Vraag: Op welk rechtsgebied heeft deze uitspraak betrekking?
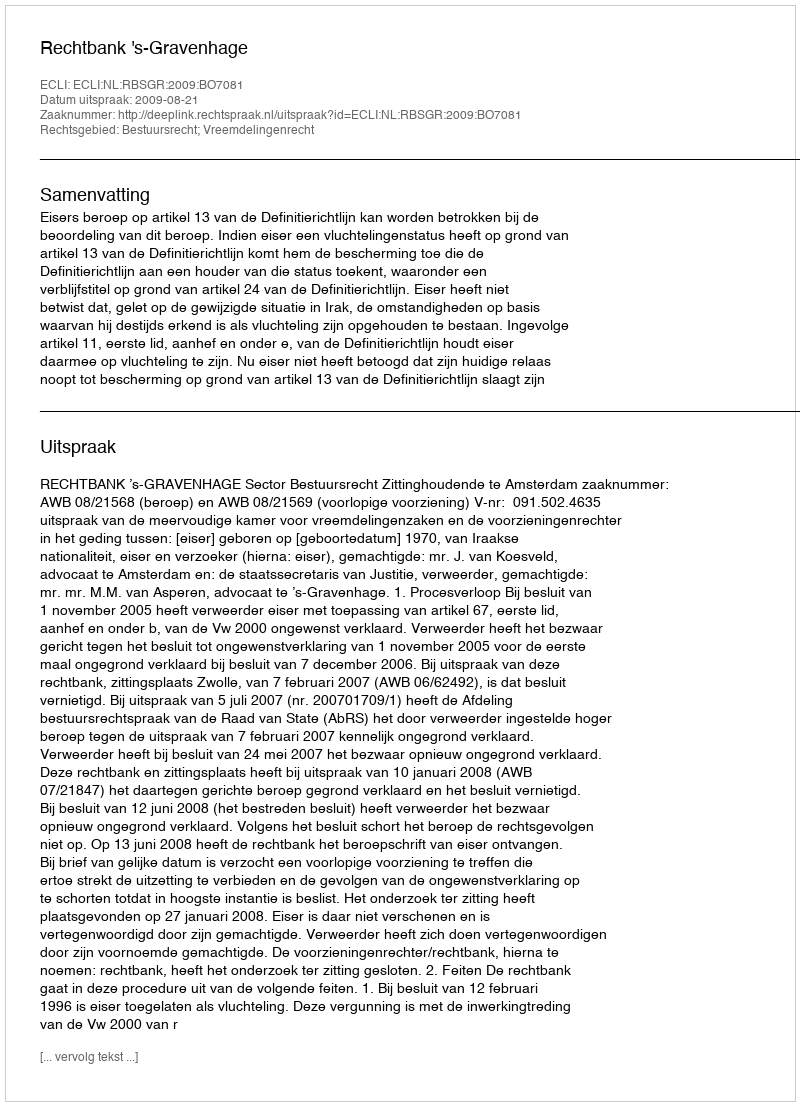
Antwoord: Bestuursrecht; Vreemdelingenrecht